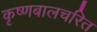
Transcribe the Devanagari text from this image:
कृष्णबालचरित